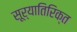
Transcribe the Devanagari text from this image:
सूर्यातिरिक्त